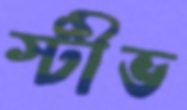
স্টীভ